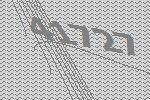
41727